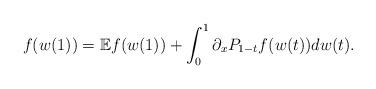
LaTeX: \begin{align*}f(w(1))=\mathbb{E} f(w(1)) +\int^1_0 \partial_x P_{1-t}f(w(t))dw(t).\end{align*}